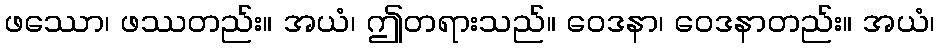
ဖဿော၊ ဖဿတည်း။ အယံ၊ ဤတရားသည်။ ဝေဒနာ၊ ဝေဒနာတည်း။ အယံ၊